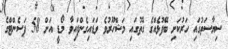
ސިޔާސަތުގައި ހަރުކަށި ބޭފުޅެއްގެ ގޮތުގައި މަޝްހޫރުވެ ވަޑައިގެންފައިވާ މޯޑީ އަށް 58 ޕަސެންޓްގެ